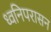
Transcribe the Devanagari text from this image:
ध्वनिपरासन